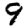
Digit: 9